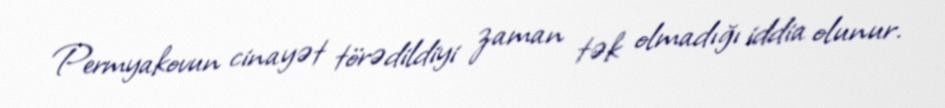
Permyakovun cinayət törədildiyi zaman tək olmadığı iddia olunur.